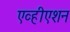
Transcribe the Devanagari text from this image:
एव्हीएशन